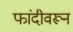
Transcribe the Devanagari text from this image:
फांदीवरून